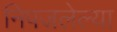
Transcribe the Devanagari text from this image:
निपजलेल्या